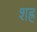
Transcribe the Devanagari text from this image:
शह्र